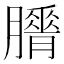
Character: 𦢕